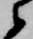
衛